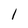
Character: l